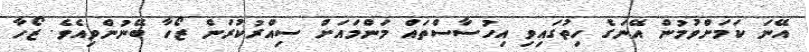
އޭނަ ކަމަށްވުމުން އޭނަގެ ހިތުގައިވި އިހުސާސްތައް މަންމައަށް ސިއްރުކުރަން ޒޯހާ ބޭނުންވިއެވެ. ޒޯހާ